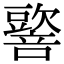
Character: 𡃠